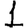
Digit: 1